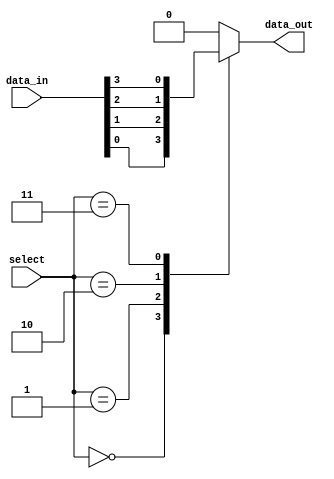
module mux_32to1 (
    input [31:0] data_in,
    input [4:0] select,
    output reg data_out
);

always @* begin
    case (select)
        5'b00000: data_out = data_in[0];
        5'b00001: data_out = data_in[1];
        5'b00010: data_out = data_in[2];
        5'b00011: data_out = data_in[3];
        // Continue for all 32 input signals
        default: data_out = 0; // Default case if select lines are not valid
    endcase
end

endmodule